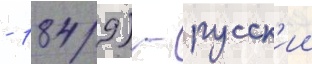
- 1849) - русск'ии